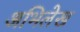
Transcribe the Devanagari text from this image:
अभिलेख